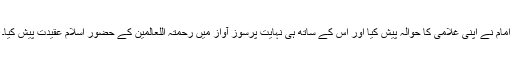
امامؒ نے اپنی غلامی کا حوالہ پیش کیا اور اس کے ساتھ ہی نہایت پرسوز آواز میں رحمتہ اللعالمینؐ کے حضور اسلام عقیدت پیش کیا۔